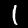
Label: 1